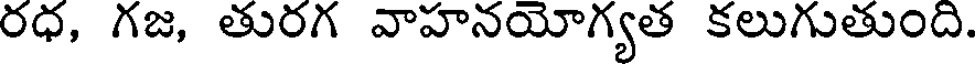
రధ, గజ, తురగ వాహనయోగ్యత కలుగుతుంది.